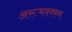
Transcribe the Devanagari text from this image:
अरूमबक्कम